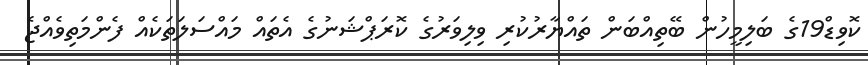
ކޮވިޑް19ގެ ބަލިމީހުން ބޭތިއްބަން ތައްޔާރުކުރި ވިލިވަރުގެ ކޮރަޕްޝަނުގެ އެތައް މައްސަލަތަކެއް ފެންމަތިވެއްޖެ